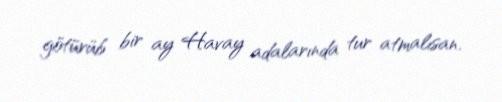
götürüb bir ay Havay adalarında tur atmalısan.